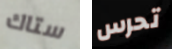
ستاك تحرس